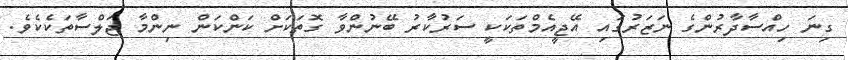
ގިނަ ހިއްސާދާރުންގެ ނަޒަރުގައި އޭޖީއެމްތަކަކީ ސަރުކާރު ބޭނުންވާ ގޮތަކަށް ކަންކަން ނިންމާ ޖަލްސާތަކެކެވެ.